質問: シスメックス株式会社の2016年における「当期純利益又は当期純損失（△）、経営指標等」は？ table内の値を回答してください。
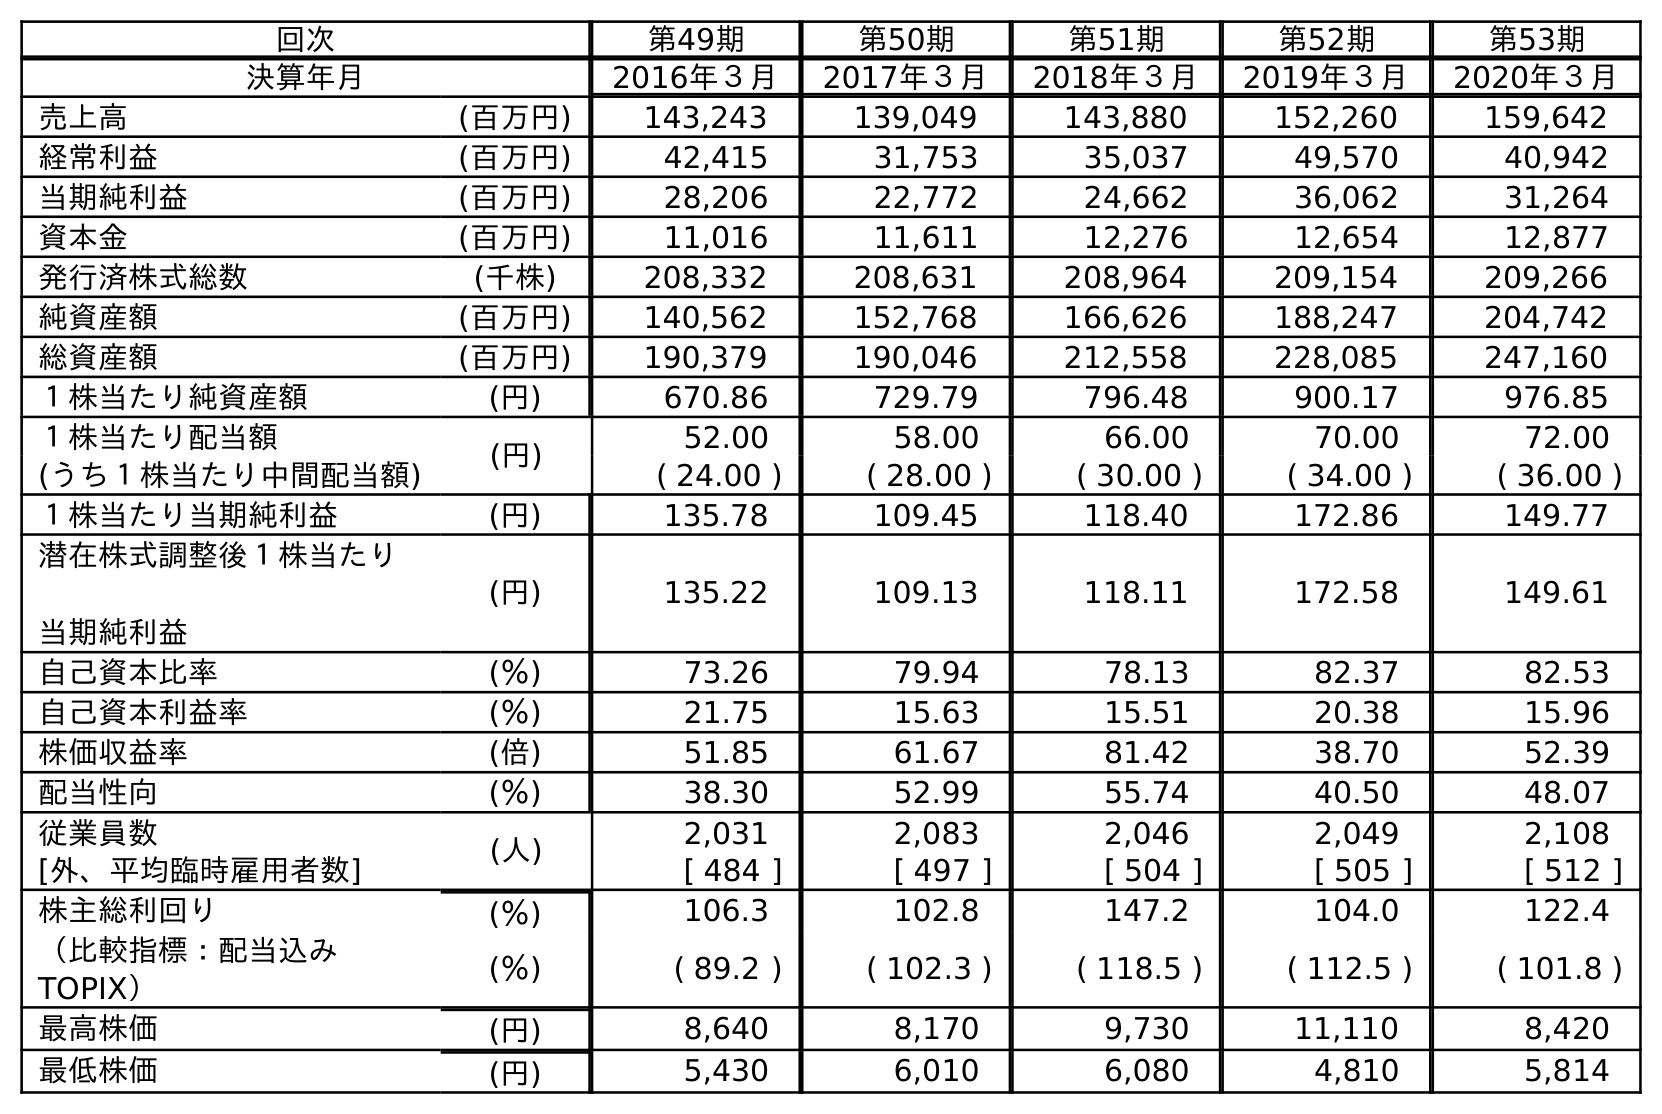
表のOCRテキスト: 回次 第49期 第50期 第51期 第52期 第53期 決算年月 2016年３月 2017年３月 2018年３月 2019年３月 2020年３月 売上高 (百万円) 143,243 139,049 143,880 152,260 159,642 経常利益 (百万円) 42,415 31,753 35,037 49,570 40,942 当期純利益 (百万円) 28,206 22,772 24,662 36,062 31,264 資本金 (百万円) 11,016 11,611 12,276 12,654 12,877 発行済株式総数 (千株) 208,332 208,631 208,964 209,154 209,266 純資産額 (百万円) 140,562 152,768 166,626 188,247 204,742 総資産額 (百万円) 190,379 190,046 212,558 228,085 247,160 １株当たり純資産額 (円) 670.86 729.79 796.48 900.17 976.85 １株当たり配当額 (円) 52.00 58.00 66.00 70.00 72.00 (うち１株当たり中間配当額) ( 24.00 ) ( 28.00 ) ( 30.00 ) ( 34.00 ) ( 36.00 ) １株当たり当期純利益 (円) 135.78 109.45 118.40 172.86 149.77 潜在株式調整後１株当たり 当期純利益 (円) 135.22 109.13 118.11 172.58 149.61 自己資本比率 (％) 73.26 79.94 78.13 82.37 82.53 自己資本利益率 (％) 21.75 15.63 15.51 20.38 15.96 株価収益率 (倍) 51.85 61.67 81.42 38.70 52.39 配当性向 (％) 38.30 52.99 55.74 40.50 48.07 従業員数 (人) 2,031 2,083 2,046 2,049 2,108 [外、平均臨時雇用者数] [ 484 ] [ 497 ] [ 504 ] [ 505 ] [ 512 ] 株主総利回り (％) 106.3 102.8 147.2 104.0 122.4 （比較指標：配当込み TOPIX） (％) ( 89.2 ) ( 102.3 ) ( 118.5 ) ( 112.5 ) ( 101.8 ) 最高株価 (円) 8,640 8,170 9,730 11,110 8,420 最低株価 (円) 5,430 6,010 6,080 4,810 5,814
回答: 28,206